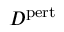
D ^ { \mathrm { p e r t } }